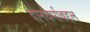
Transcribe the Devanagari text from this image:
दानधर्माबद्दल